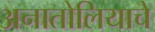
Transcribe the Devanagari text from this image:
अनातोलियाचे